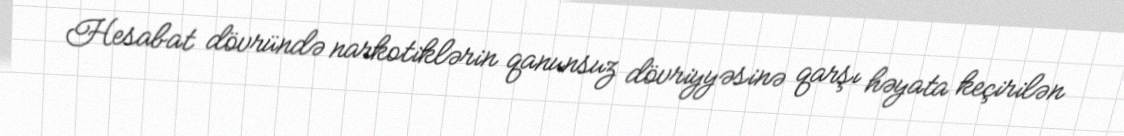
Hesabat dövründə narkotiklərin qanunsuz dövriyyəsinə qarşı həyata keçirilən